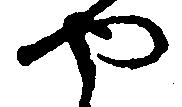
や